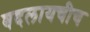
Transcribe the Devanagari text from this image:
बदलायचीच